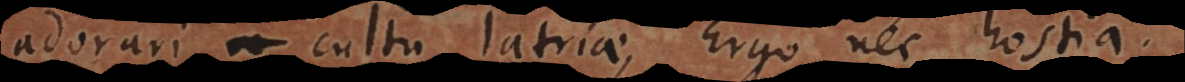
adorari cultu latriae, Ergo nec hostia.